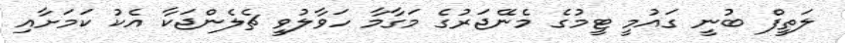
ލަތީފް ބުނީ ގައުމީ ޓީމުގެ މެނޭޖަރުގެ މަގާމާ ހަވާލުވީ ޗެލެންޖަކާ އެކު ކަމަށާއި